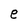
Character: e